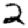
Digit: 2